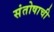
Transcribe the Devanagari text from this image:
संतोषाची